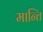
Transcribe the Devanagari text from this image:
मान्ति